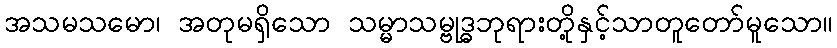
အသမသမော၊ အတုမရှိသော သမ္မာသမ္ဗုဒ္ဓဘုရားတို့နှင့်သာတူတော်မူသော။